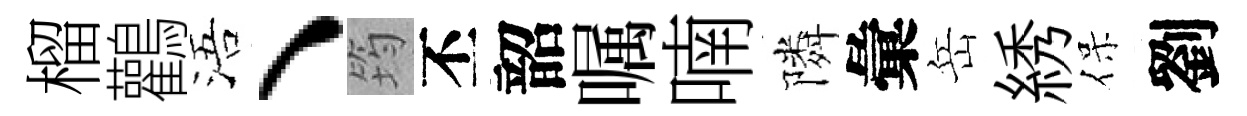
榴鸛浯、筠丕韶嘱喃隣彙岳綉保劉